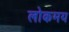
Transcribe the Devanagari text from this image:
लोकमय